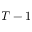
T - 1